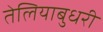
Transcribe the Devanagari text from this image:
तेलियाबुधरी